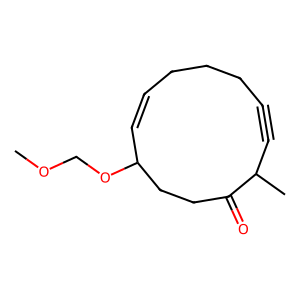
SMILES: COCOC1C=CCCCC#CC(C)C(=O)CC1
Inhibits HIV replication: No